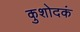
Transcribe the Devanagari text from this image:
कुशोदकं